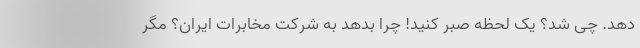
دهد. چی شد؟ یک لحظه صبر کنید! چرا بدهد به شرکت مخابرات ایران؟ مگر